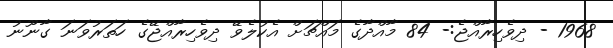
1968 - ދިވެހިރާއްޖެ:- 84 މާއްދާގެ މައްޗަށް އެކުލެވޭ ދިވެހިރާއްޖޭގެ ހަތަރުވަނަ ގާނޫނު